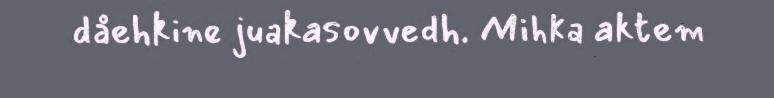
dåehkine juakasovvedh. Mihka aktem